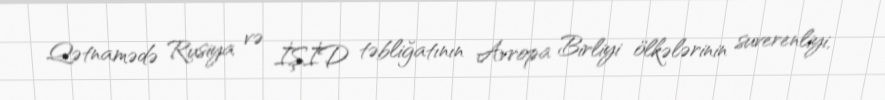
Qətnamədə Rusiya və İŞİD təbliğatının Avropa Birliyi ölkələrinin suverenliyi,